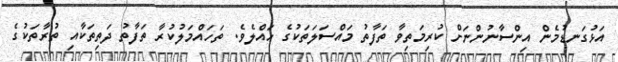
އަޅުގަނޑުމެން އިންސާނުންނަށް ކުރިމަތިވާ ތަފާތު މައްސަލަތަކުގެ ހައްލެވެ. ތަހައްމަލުކުރާ ތަފާތު ދަތިތަކާއި ތުރާތަކުގެ